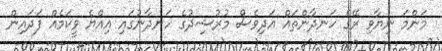
މަންމަ ނިޔާވި ރޭގެ ހަނދާންތައް އަދިވެސް މުރުޝިދުގެ ހަނދާނުގައި އިއްޔެ ވީކަމެއް ފަދައިން